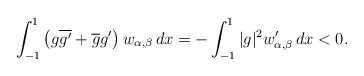
\begin{align*} \int_{-1}^1\left(g\overline{g'}+\overline{g}g'\right) w_{\alpha,\beta}\,dx = - \int_{-1}^1 |g|^2 w'_{\alpha,\beta} \,dx < 0. \end{align*}